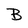
Character: B